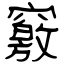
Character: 竅